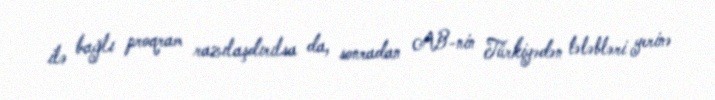
ilə bağlı proqram razılaşdırılsa da, sonradan AB-nin Türkiyədən tələbləri yerinə